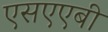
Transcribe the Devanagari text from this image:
एसएएबी